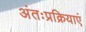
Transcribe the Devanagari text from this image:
अंतःप्रक्रियाएं